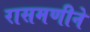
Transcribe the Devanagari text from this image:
रासमणीने